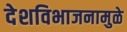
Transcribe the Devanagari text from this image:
देशविभाजनामुळे